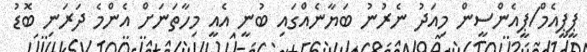
ޕީޕީއެމް/ޕީއެންސީން މިއަދު ނެރުނު ބަޔާނެއްގައި ބުނީ އެއީ މިހާތަނަށް އެންމެ ދަރަނި ބޮޑު